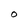
Character: t